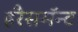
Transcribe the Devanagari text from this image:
हरैसमॅन्ट